Bréfritari: Soffía Daníelsdóttir
Viðtakandi: Jakobína Magnúsdóttir og Daníel Halldórsson
Dagsetning: A-19XX-05-04
Skrifað á: Sauðanes  N-Þing.
Soffía var dóttir Jakobínu og Daníels

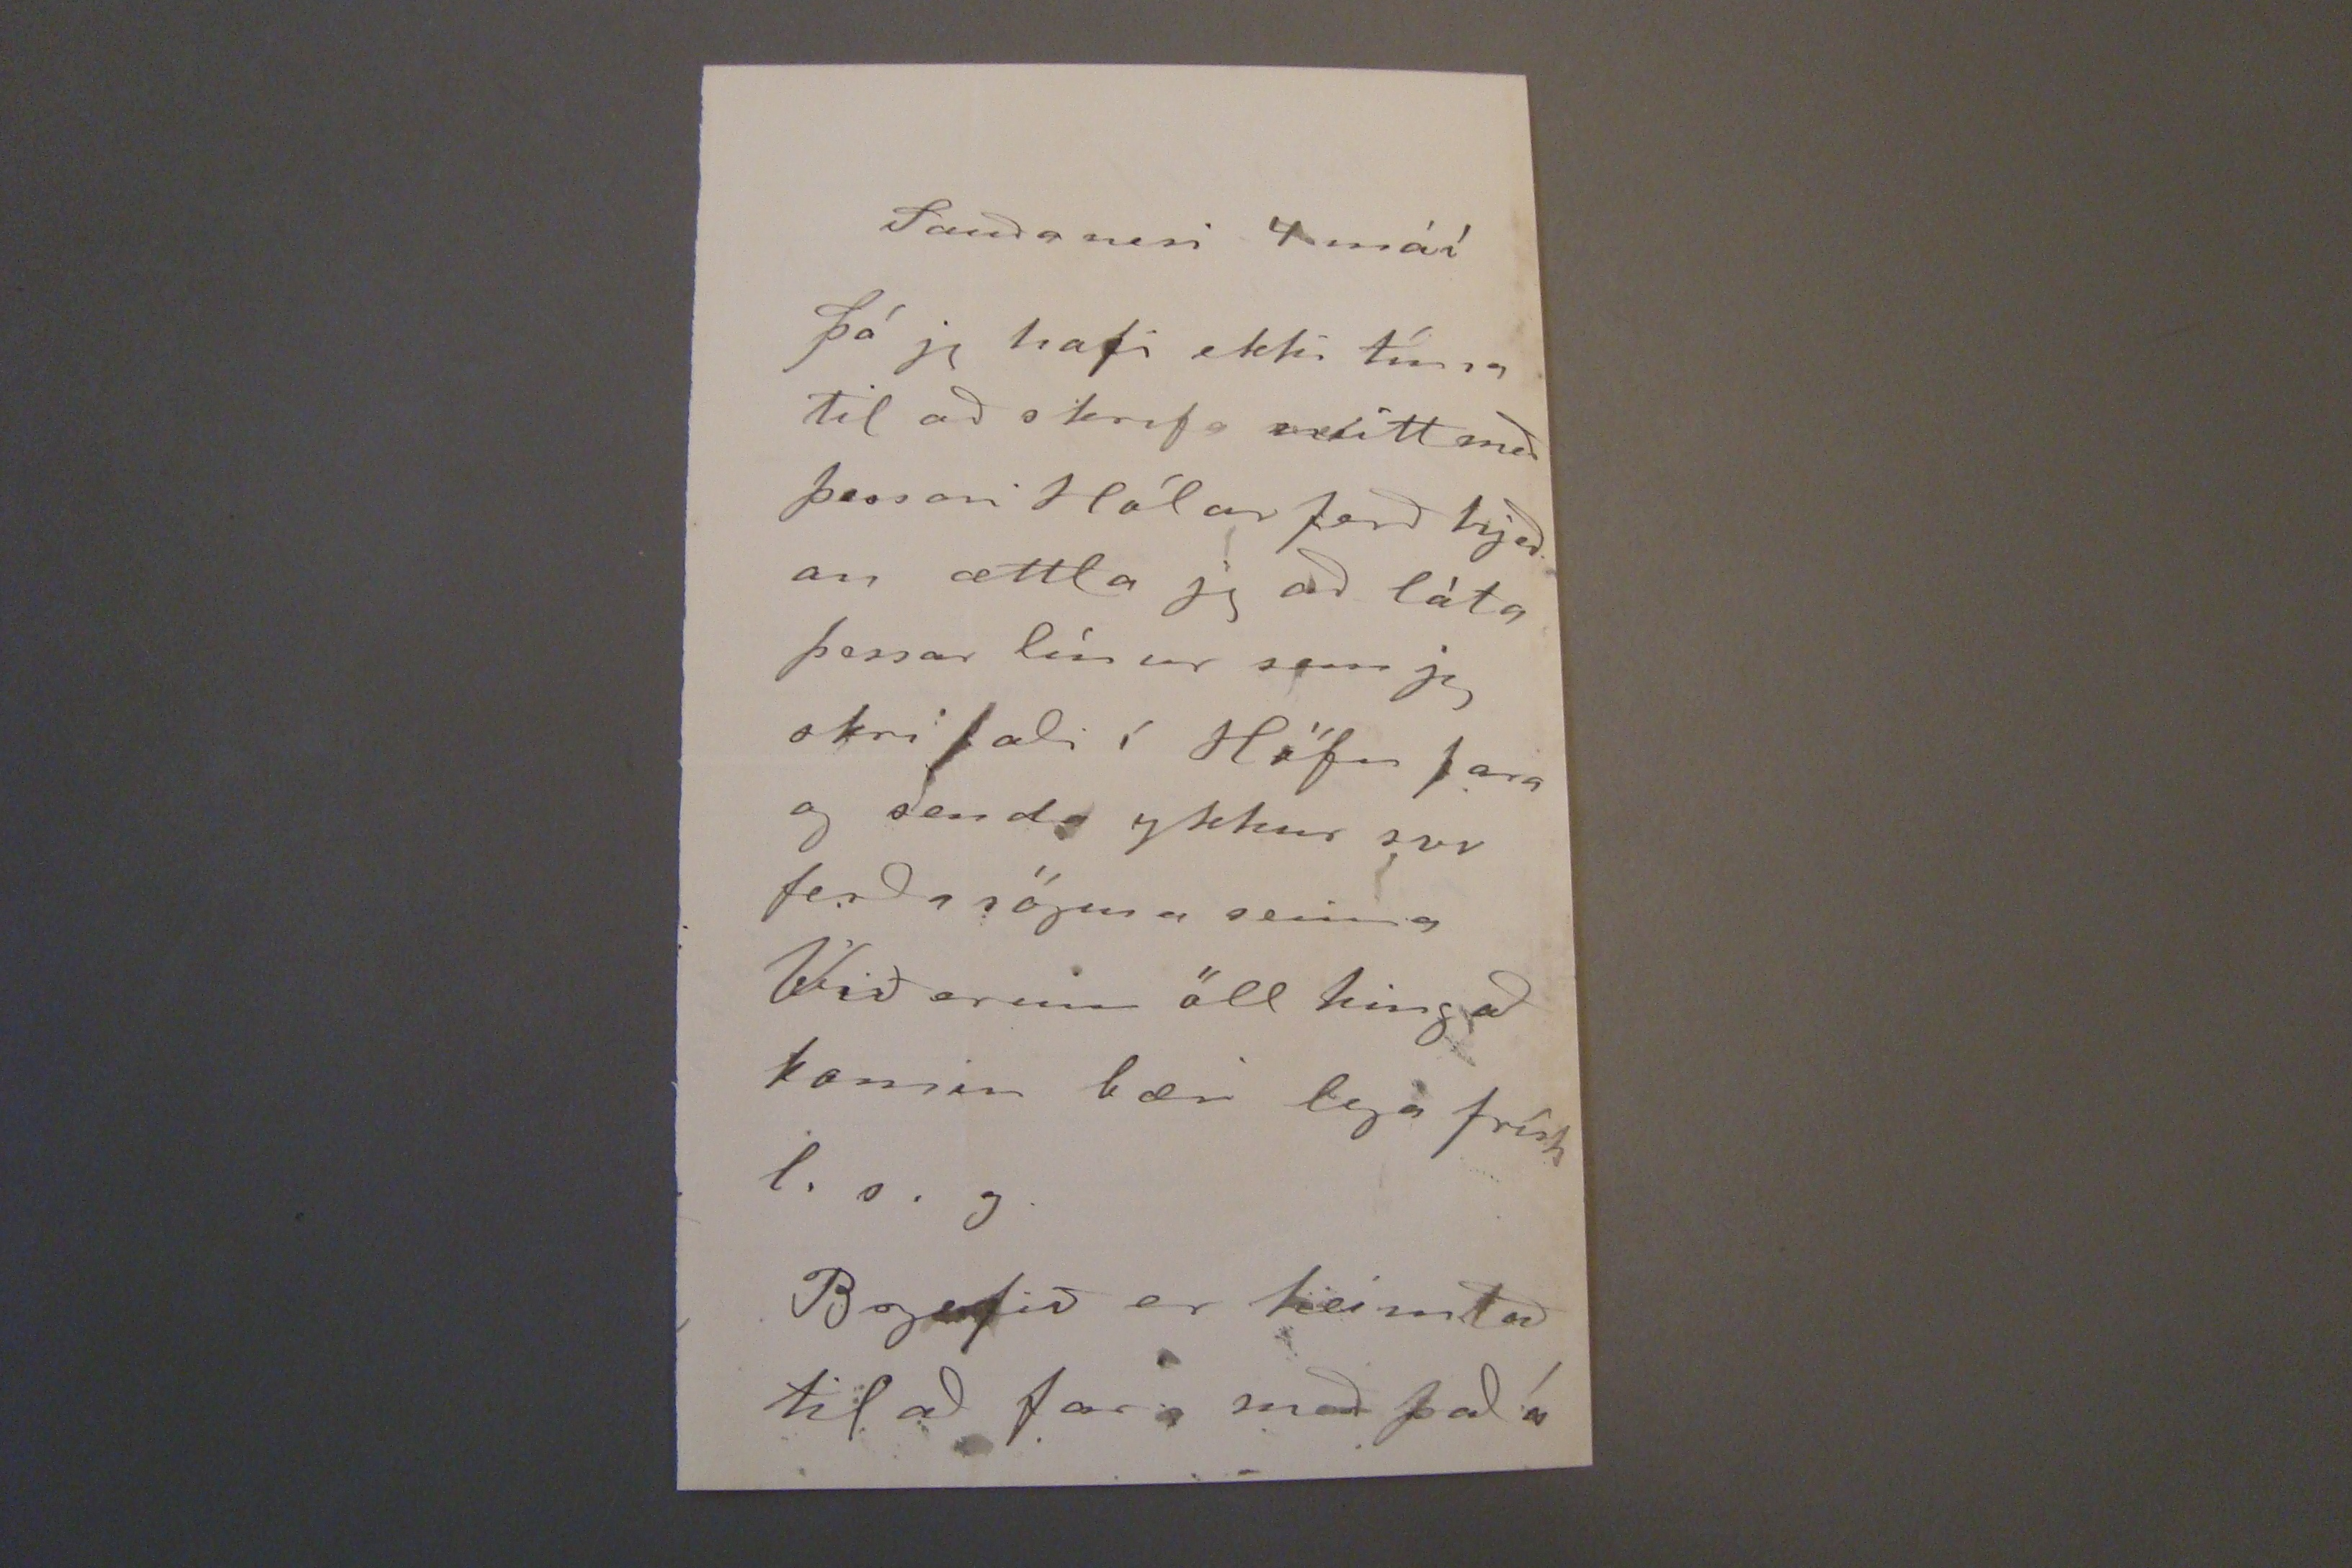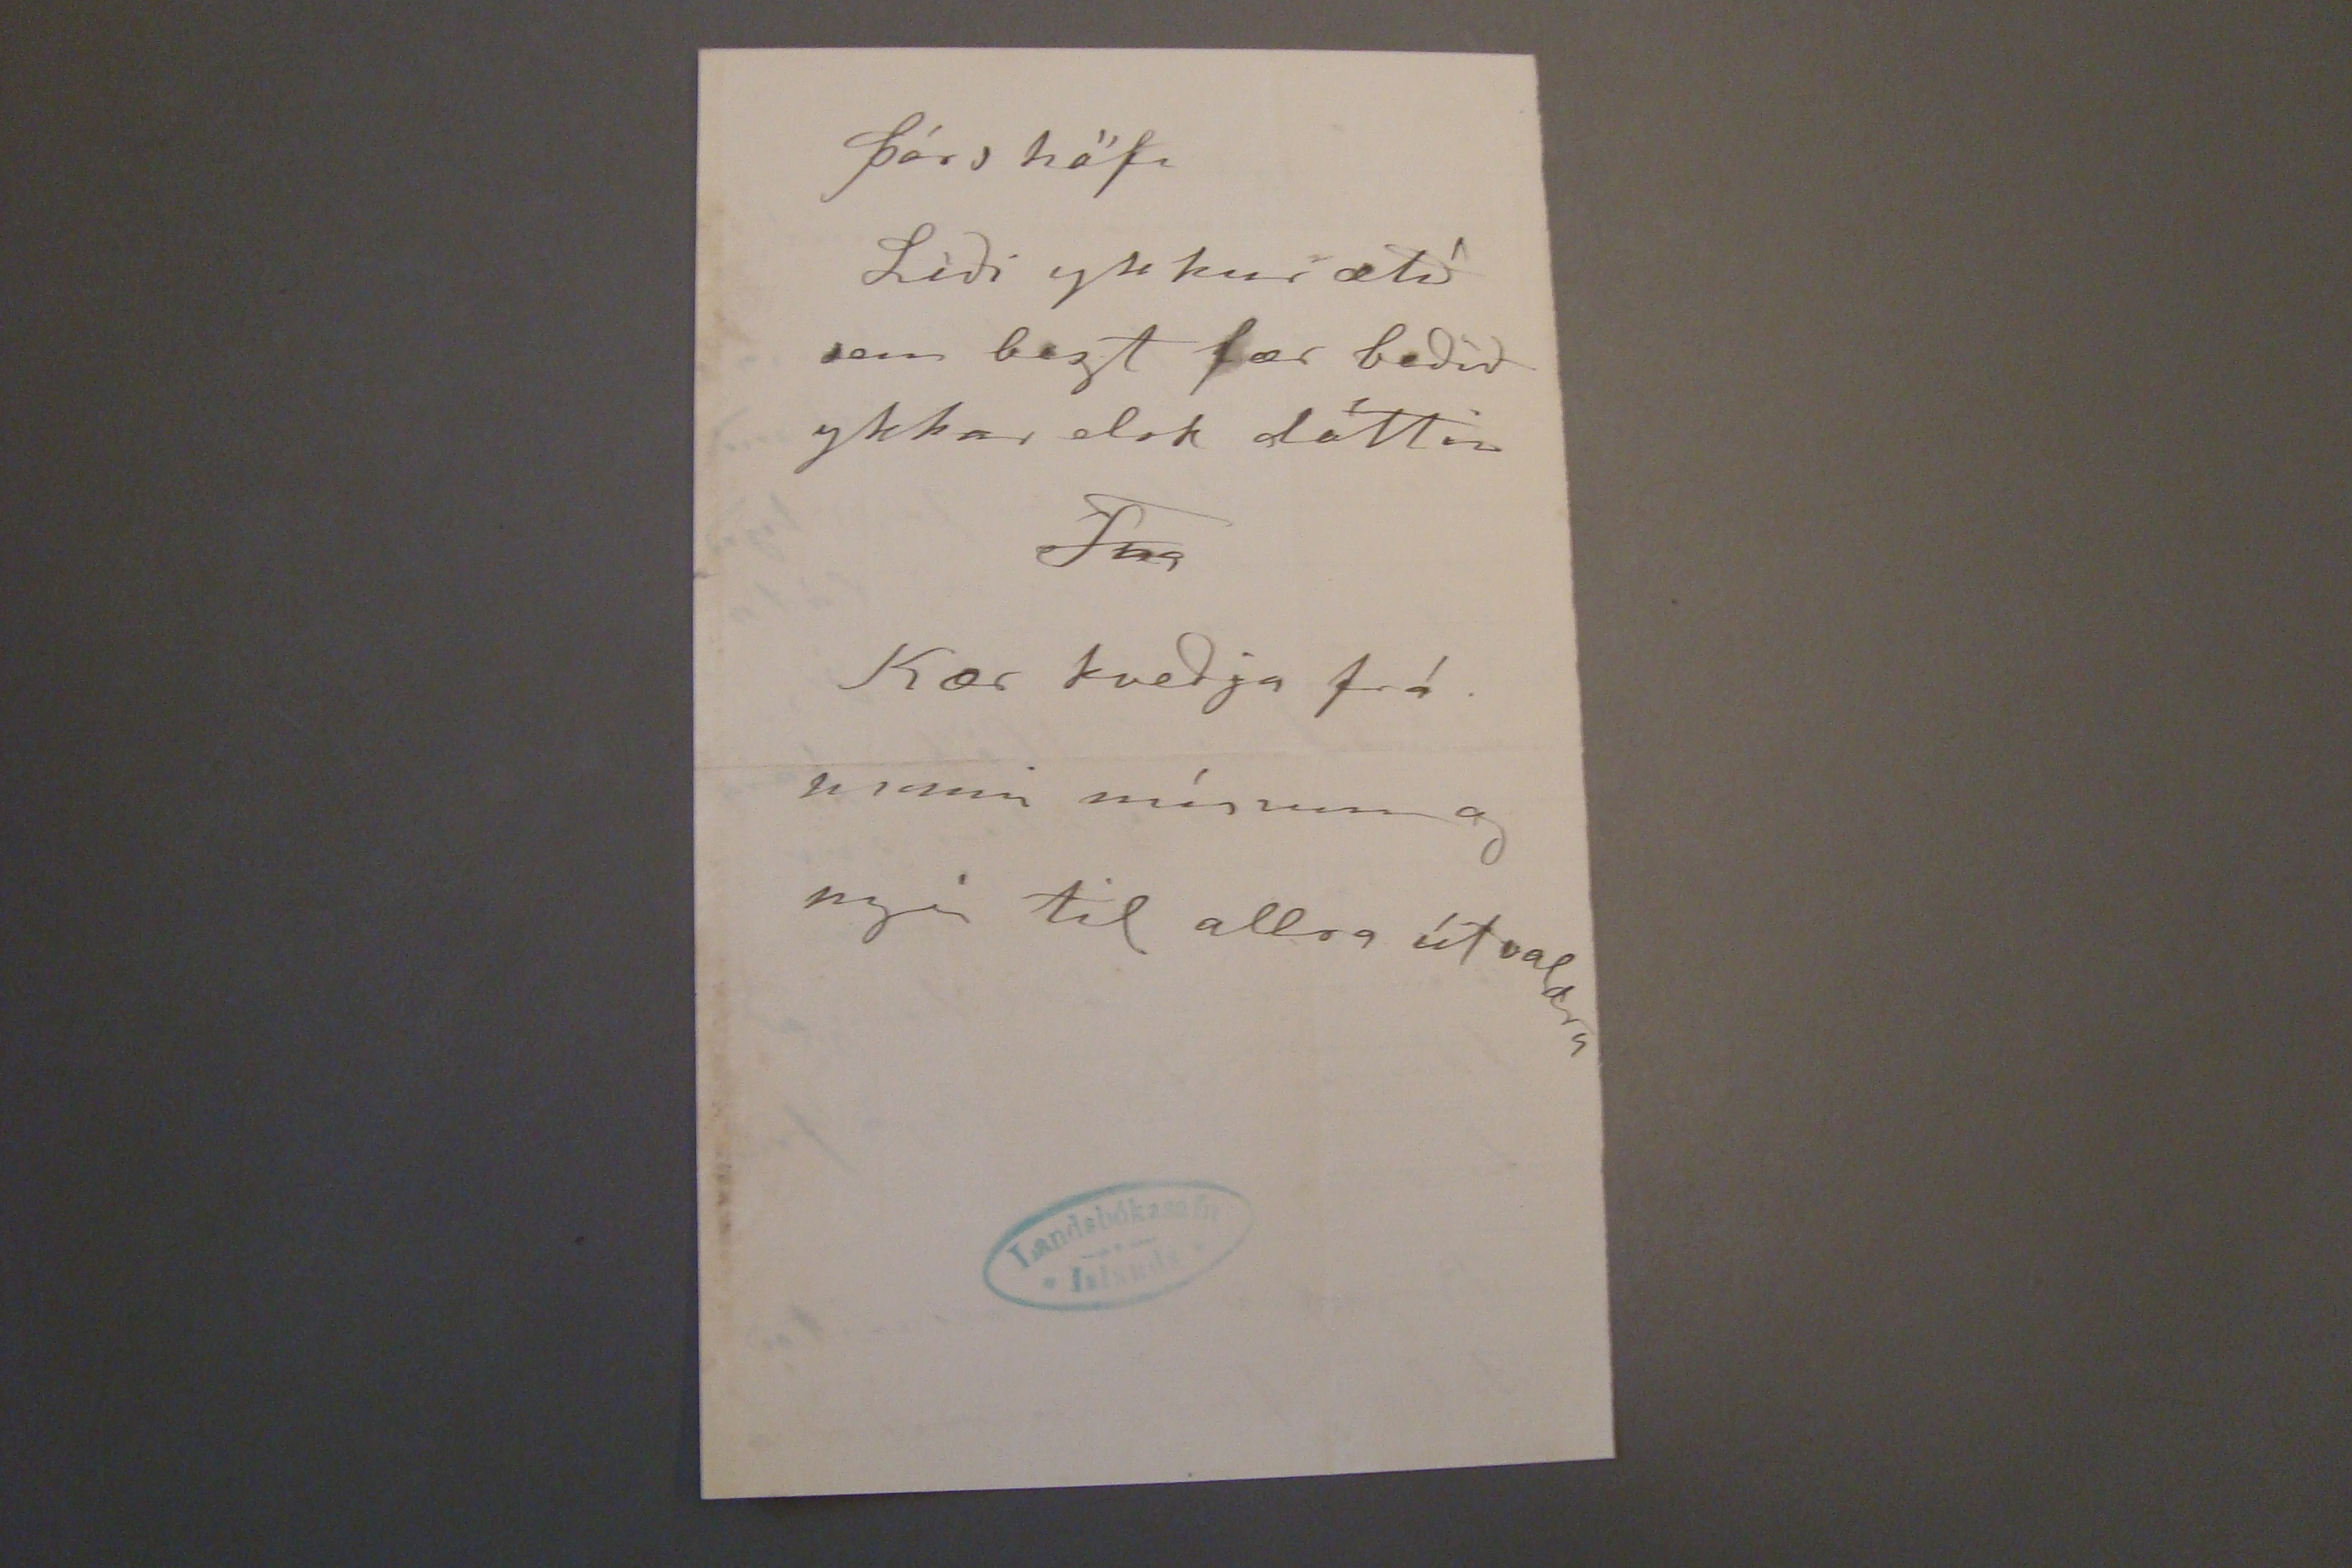

Sauðanesi 4 máí
þó jg hafi ekki tíma til að skrifa
snebitt
með þessari Hólar ferð hjeð an ættla jg að láta þessar línur sem jg skrifaði í Höfn fara og senda ykkur svo ferðasöguna seinna Við erum öl hinga komin bær lega frísk l.s.g.
Brjefið er heimtað til að fara með það á
þórshöfn
Líði ykkur ætíð sem bezt fær beðið ykkar elsk dóttir
Fia
Kær kveðja frá manni mínum og megi til allra útvaldra